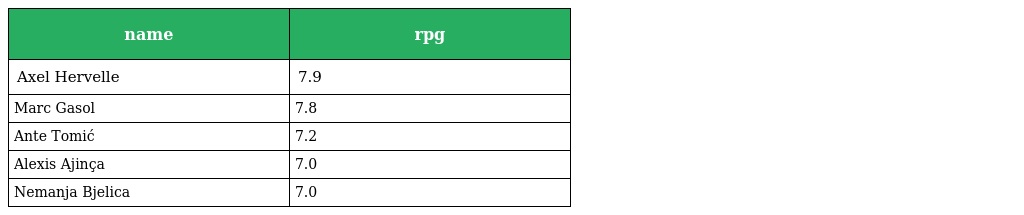
| name | rpg |
 | --- | --- |
 | Axel Hervelle | 7.9 |
 | Marc Gasol | 7.8 |
 | Ante Tomić | 7.2 |
 | Alexis Ajinça | 7.0 |
 | Nemanja Bjelica | 7.0 |